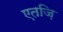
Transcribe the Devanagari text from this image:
एतज़ि